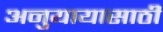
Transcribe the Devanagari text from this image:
अनुयायासाठी